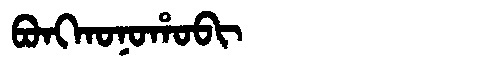
Manchu: ᠪᠣᠩᡴᠣᠨᠣᡥᠣᠪᡳ
Romanization: BONGKONOHOBI